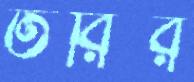
তরির